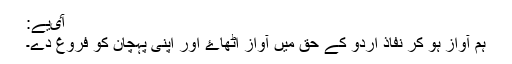
آٸیے:
ہم آواز ہو کر نفاذ اردو کے حق میں آواز اٹھاۓ اور اپنی پہچان کو فروغ دے۔